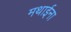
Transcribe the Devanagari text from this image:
मथाईना